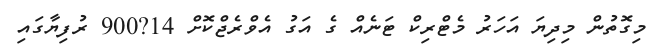
މިގޮތުން މިދިޔަ އަހަރު މެޓްރިކް ޓަނެއް ގެ އަގު އެވްރެޖްކޮށް 14?900 ރުފިޔާގައި